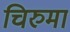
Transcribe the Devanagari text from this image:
चिरुमा